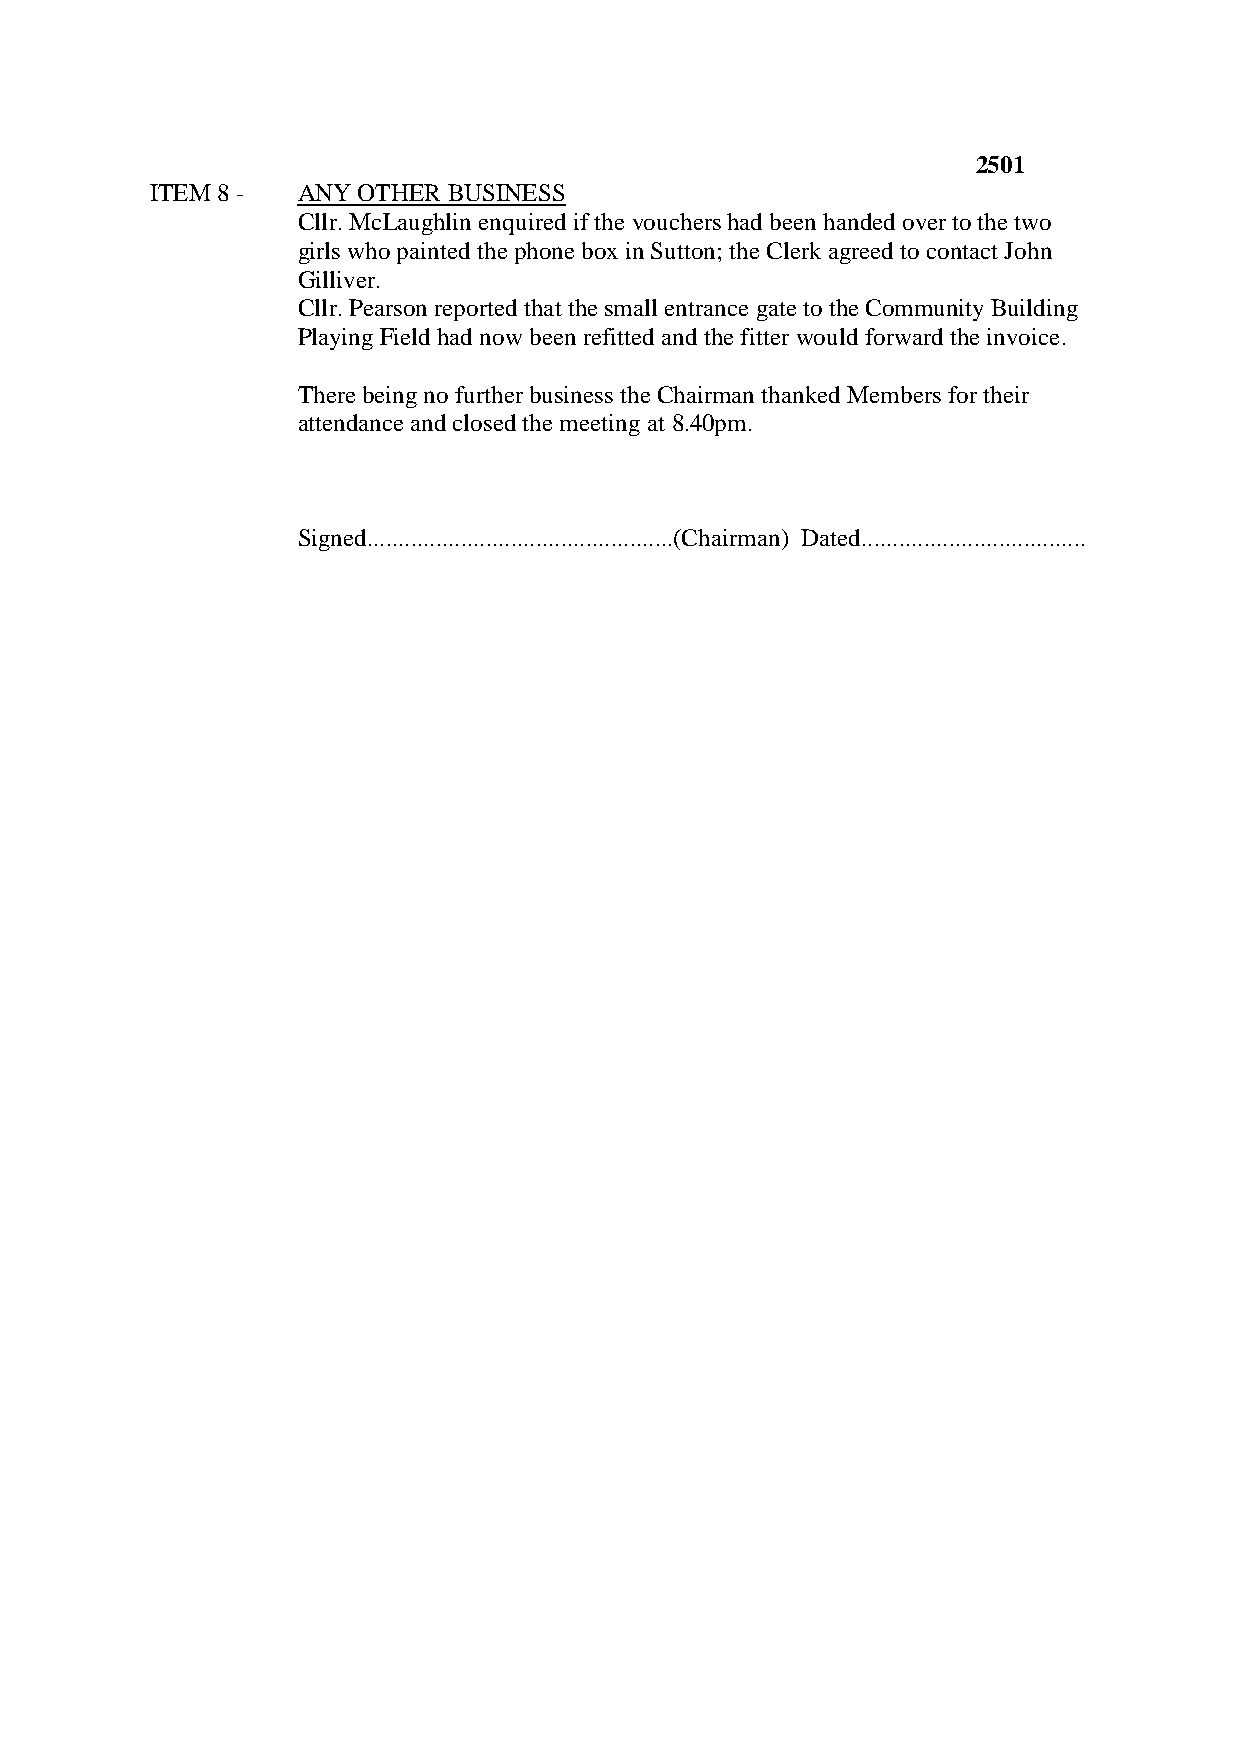
2501
 ITEM 8 -  ANY OTHER BUSINESS
 Cllr. McLaughlin enquired if the vouchers had been handed over to the two
 girls who painted the phone box in Sutton; the Clerk agreed to contact John
 Gilliver.
 Cllr. Pearson reported that the small entrance gate to the Community Building
 Playing Field had now been refitted and the fitter would forward the invoice.
 There being no further business the Chairman thanked Members for their
 attendance and closed the meeting at 8.40pm.
 Signed.................................................(Chairman) Dated....................................